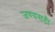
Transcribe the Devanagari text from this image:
जण्यसठी